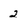
Character: 2